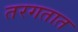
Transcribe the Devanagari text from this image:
तरगतात